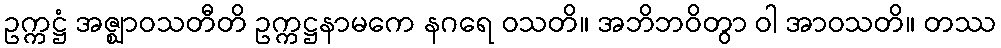
ဥက္ကဋ္ဌံ အဇ္ဈာဝသတီတိ ဥက္ကဋ္ဌနာမကေ နဂရေ ဝသတိ။ အဘိဘဝိတွာ ဝါ အာဝသတိ။ တဿ